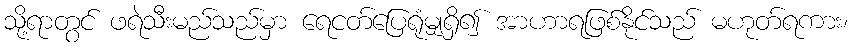
သို့ရာတွင် ဖရဲသီးမည်သည်မှာ ရေငတ်ပြေရုံမျှရှိ၍ အာဟာရဖြစ်နိုင်သည် မဟုတ်ရကား၊